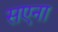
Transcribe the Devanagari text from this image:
सएना